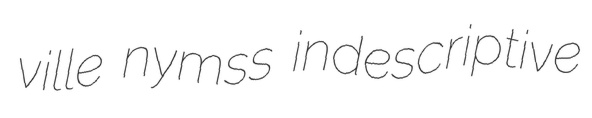
ville nymss indescriptive